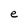
Character: e